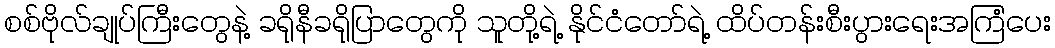
စစ်ဗိုလ်ချုပ်ကြီးတွေနဲ့ ခရိုနီခရိုပြာတွေကို သူတို့ရဲ့ နိုင်ငံတော်ရဲ့ ထိပ်တန်းစီးပွားရေးအကြံပေး